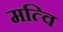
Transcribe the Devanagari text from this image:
मत्वि